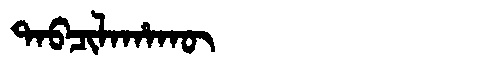
Manchu: ᡨᠠᠪᠴᡳᠯᠠᡥᠠᡴᡡ
Romanization: TABCILAHAKŪ